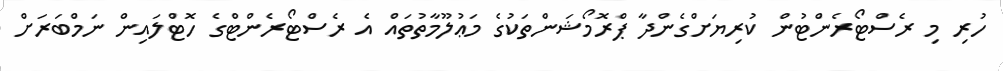
ހުރި މި ރެސްޓޯރެންޓުން ކުރިޔަށްގެންދާ ޕްރޮމޯޝަންތަކުގެ މަޢުލޫމާތުތައް އެ ރެސްޓޯރެންޓްގެ ހޮޓްލައިން ނަމްބަރަށް